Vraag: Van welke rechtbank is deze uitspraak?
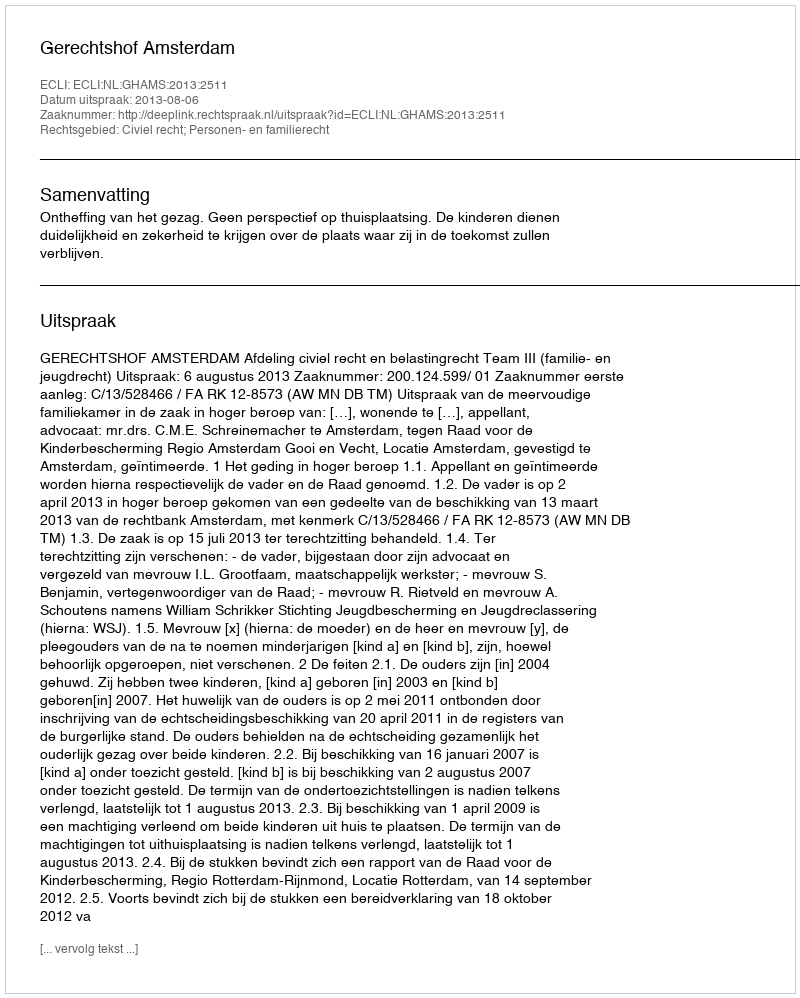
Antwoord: Gerechtshof Amsterdam